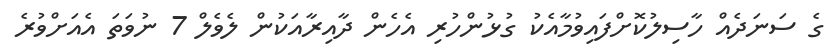
ގެ ސަނަދެއް ހާސިލުކޮށްފައިވުމާއެކު ގުޅުންހުރި އެހެން ދާއިރާއަކުން ލެވެލް 7 ނުވަތަ އެއަށްވުރެ